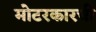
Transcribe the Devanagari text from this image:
मोटरकारची